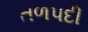
તળપદી